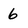
Character: 6